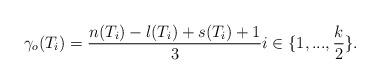
LaTeX: \begin{align*}\gamma_{o}(T_{i})=\frac{n(T_{i})-l(T_{i})+s(T_{i})+1}{3}i\in\{1,...,\frac{k}{2}\}. \end{align*}